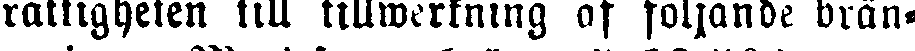
rättigheten till tillwerkning af följande brän-